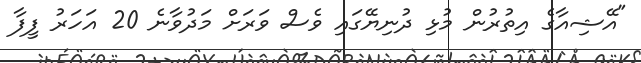
"އޭޝިއާގެ އިތުރުން މުޅި ދުނިޔޭގައި ވެސް ވަރަށް މަދުވާނެ 20 އަހަރު ފީފާ